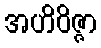
အဟိဝိဇ္ဇာ